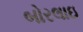
બોરલાઇ